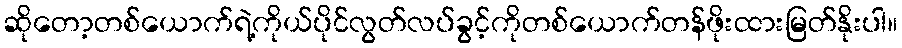
ဆိုတော့တစ်ယောက်ရဲ့ကိုယ်ပိုင်လွတ်လပ်ခွင့်ကိုတစ်ယောက်တန်ဖိုးထားမြတ်နိုးပါ။